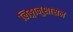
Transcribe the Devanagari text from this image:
लिङ्गानुशासन